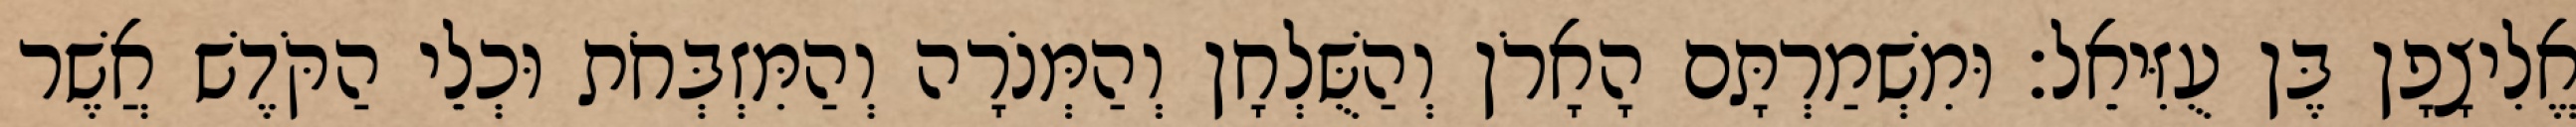
אֱלִיצָפָן בֶּן עֻזִּיאֵל׃ וּמִשְׁמַרְתָּם הָאָרֹן וְהַשֻּׁלְחָן וְהַמְּנֹרָה וְהַמִּזְבְּחֹת וּכְלֵי הַקֹּדֶשׁ אֲשֶׁר